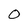
Character: 0